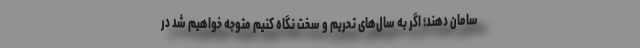
سامان دهند؛ اگر به سال‌های تحریم و سخت نگاه کنیم متوجه خواهیم شد در